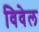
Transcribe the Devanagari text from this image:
विवेल